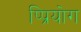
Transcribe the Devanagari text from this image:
प्प्रियोग